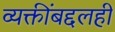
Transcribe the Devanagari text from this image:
व्यक्तींबद्दलही